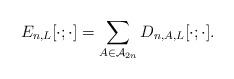
LaTeX: \begin{align*} E_{n,L}[ \cdot ; \cdot ] & = \sum_{A \in \mathcal{A}_{2n}} D_{n, A,L}[ \cdot ; \cdot] . \end{align*}